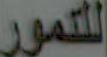
للنمور